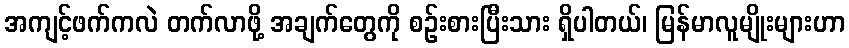
အကျင့်ဖက်ကလဲ တက်လာဖို့ အချက်တွေကို စဉ်းစားပြီးသား ရှိပါတယ်၊ မြန်မာလူမျိုးများဟာ